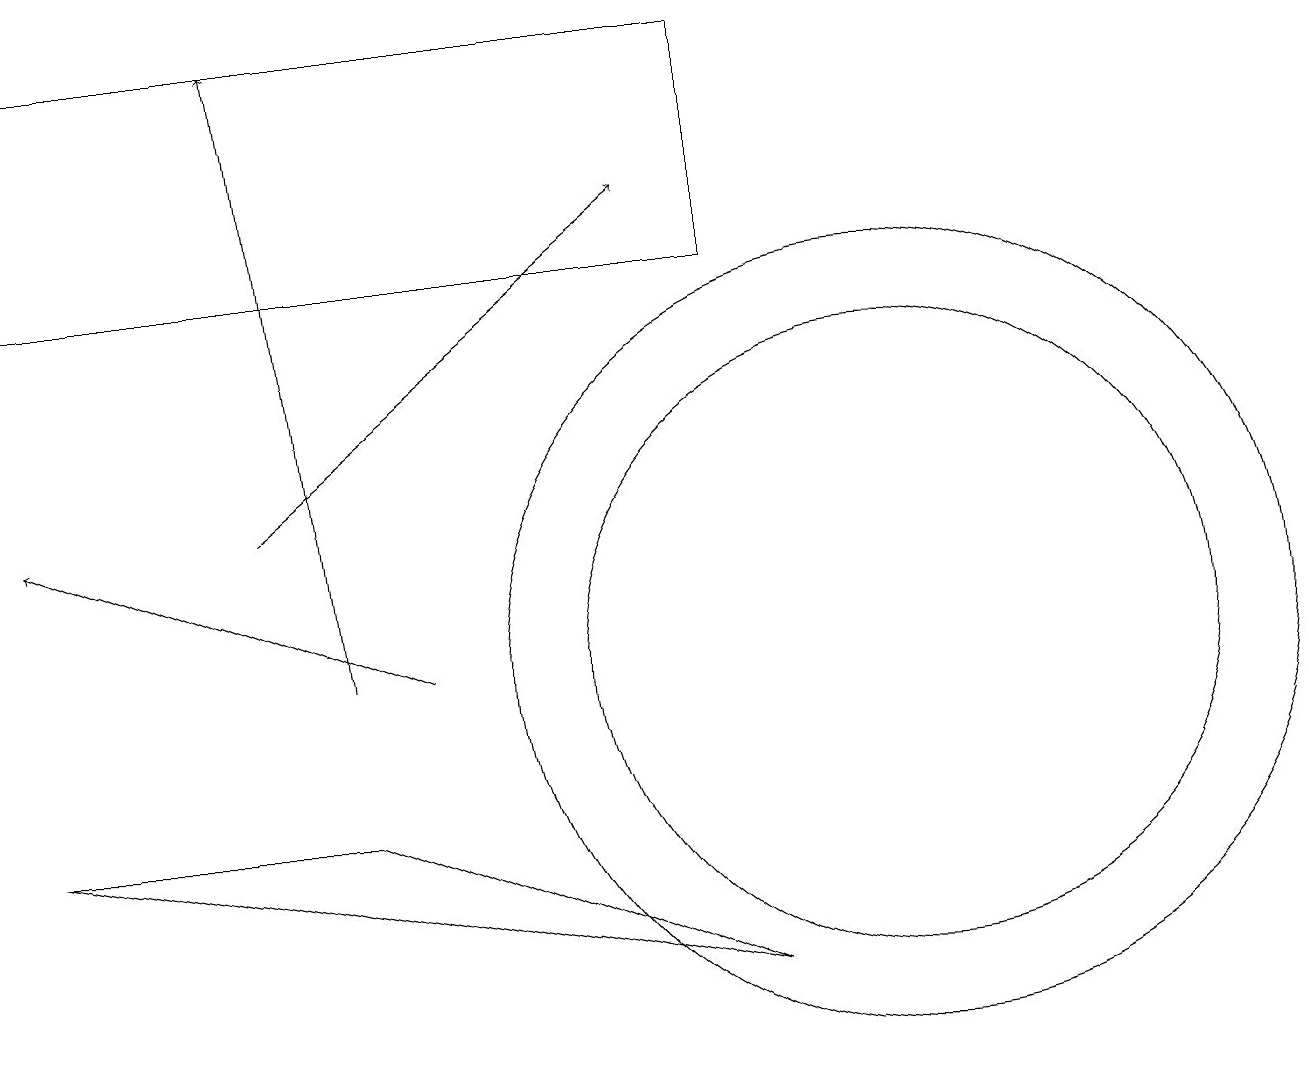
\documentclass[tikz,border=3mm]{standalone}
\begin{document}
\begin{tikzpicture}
\draw[->] (4,11) -- (3,19);
\draw (0,19) rectangle (9,16);
\draw (9,7) -- (4,9) -- (0,9) -- cycle;
\draw[->] (5,11) -- (0,13);
\draw[->] (3,13) -- (8,17);
\draw (11,11) circle (5);
\draw (11,11) circle (4);
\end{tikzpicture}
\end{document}